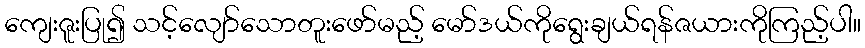
ကျေးဇူးပြု၍ သင့်လျော်သောတူးဖော်မည့် မော်ဒယ်ကိုရွေးချယ်ရန်ဇယားကိုကြည့်ပါ။